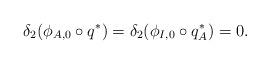
LaTeX: \begin{align*}\delta_2(\phi_{A,0}\circ q^*) = \delta_2(\phi_{I,0}\circ q^*_A) = 0.\end{align*}